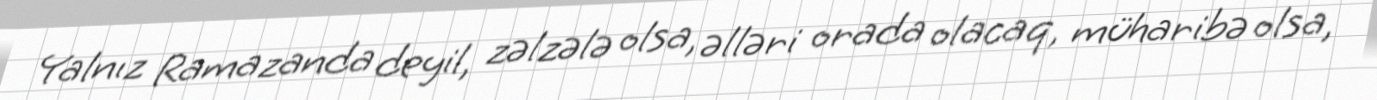
Yalnız Ramazanda deyil, zəlzələ olsa, əlləri orada olacaq, müharibə olsa,